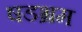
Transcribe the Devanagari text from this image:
षडभ्रम